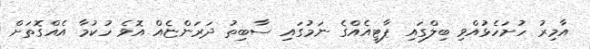
އާމިރު ހުށަހެޅުއްވި ބިލްގައި ޕާޓީއެއްގެ ނަމުގައި ސާބިތު ދަރަންޏެއް އޮވެ ހުކުމާ އެއްގޮތަށް